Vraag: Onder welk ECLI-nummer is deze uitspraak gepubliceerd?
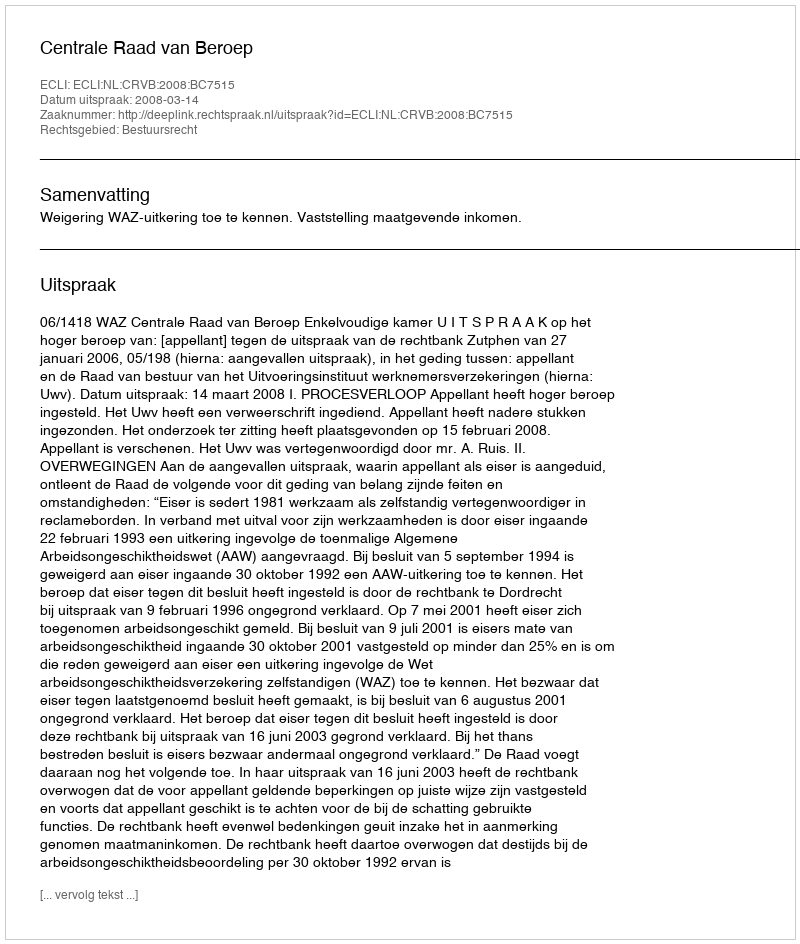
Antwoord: ECLI:NL:CRVB:2008:BC7515